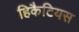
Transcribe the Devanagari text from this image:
हिकैटियस